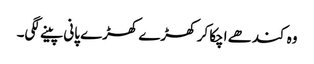
وہ کندھے اچکا کر کھڑے کھڑے پانی پینے لگی۔